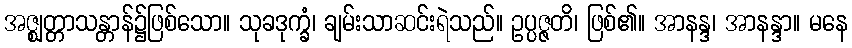
အဇ္ဈတ္တာသန္တာန်၌ဖြစ်သော။ သုခဒုက္ခံ၊ ချမ်းသာဆင်းရဲသည်။ ဥပ္ပဇ္ဇတိ၊ ဖြစ်၏။ အာနန္ဒ၊ အာနန္ဒာ။ မနေ